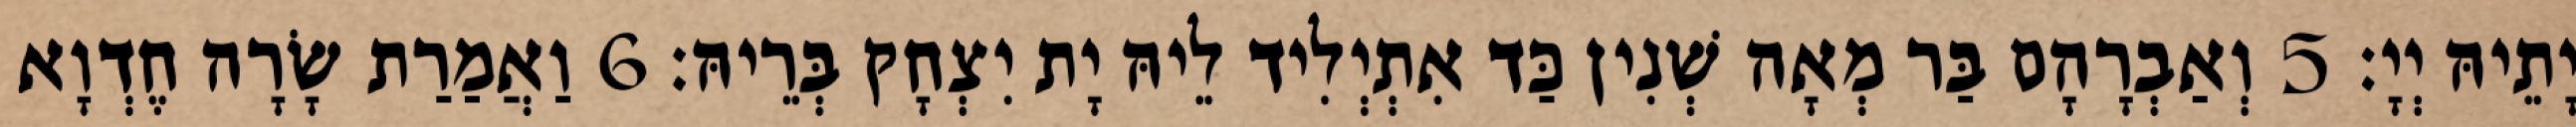
יָתֵיהּ יְיָ׃ 5 וְאַבְרָהָם בַּר מְאָה שְׁנִין כַּד אִתְיְלִיד לֵיהּ יָת יִצְחָק בְּרֵיהּ׃ 6 וַאֲמַרַת שָׂרָה חֶדְוָא